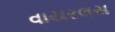
વાયરલસ